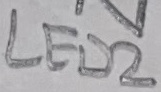
Text: LED2